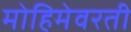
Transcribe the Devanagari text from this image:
मोहिमेवरती